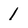
Character: 1